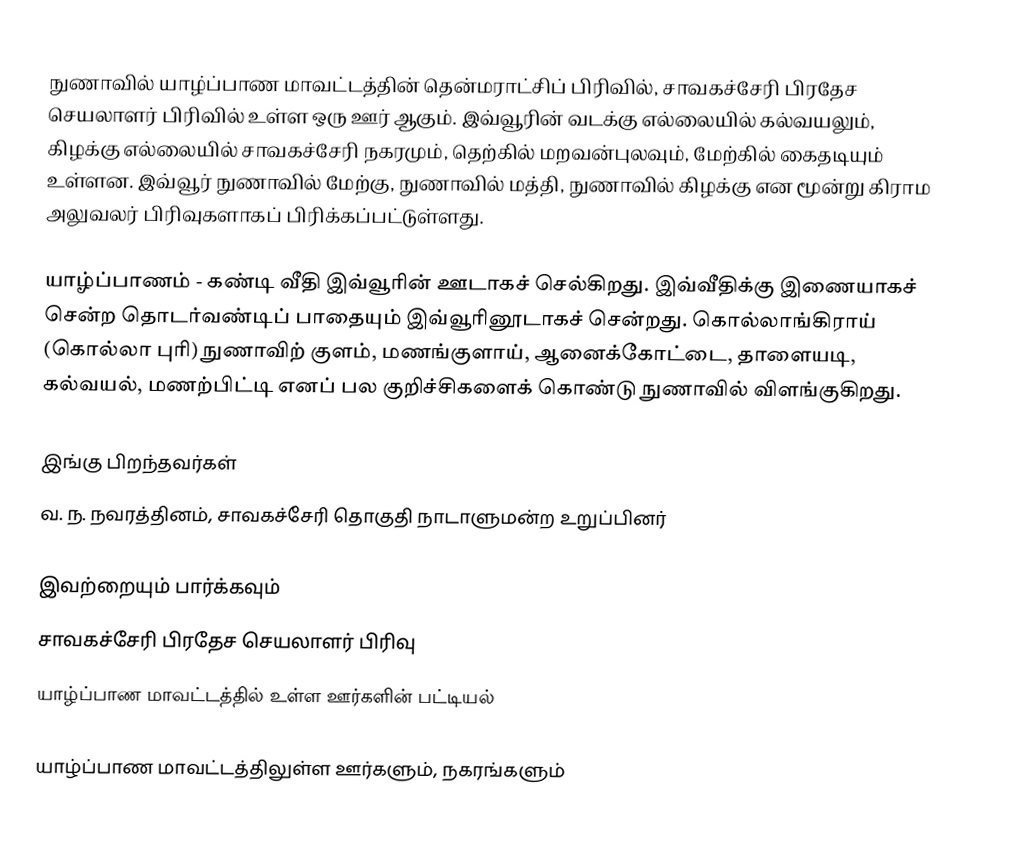
நுணாவில் யாழ்ப்பாண மாவட்டத்தின் தென்மராட்சிப் பிரிவில், சாவகச்சேரி பிரதேச செயலாளர் பிரிவில் உள்ள ஒரு ஊர் ஆகும். இவ்வூரின் வடக்கு எல்லையில் கல்வயலும், கிழக்கு எல்லையில் சாவகச்சேரி நகரமும், தெற்கில் மறவன்புலவும், மேற்கில் கைதடியும் உள்ளன. இவ்வூர் நுணாவில் மேற்கு, நுணாவில் மத்தி, நுணாவில் கிழக்கு என மூன்று கிராம அலுவலர் பிரிவுகளாகப் பிரிக்கப்பட்டுள்ளது.

யாழ்ப்பாணம் - கண்டி வீதி இவ்வூரின் ஊடாகச் செல்கிறது. இவ்வீதிக்கு இணையாகச் சென்ற தொடர்வண்டிப் பாதையும் இவ்வூரினூடாகச் சென்றது. கொல்லாங்கிராய் (கொல்லா புரி) நுணாவிற் குளம், மணங்குளாய், ஆனைக்கோட்டை, தாளையடி, கல்வயல், மணற்பிட்டி எனப் பல குறிச்சிகளைக் கொண்டு நுணாவில் விளங்குகிறது.

இங்கு பிறந்தவர்கள்
வ. ந. நவரத்தினம், சாவகச்சேரி தொகுதி நாடாளுமன்ற உறுப்பினர்

இவற்றையும் பார்க்கவும்
 சாவகச்சேரி பிரதேச செயலாளர் பிரிவு
 யாழ்ப்பாண மாவட்டத்தில் உள்ள ஊர்களின் பட்டியல்

யாழ்ப்பாண மாவட்டத்திலுள்ள ஊர்களும், நகரங்களும்